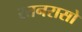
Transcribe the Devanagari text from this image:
रतनरासो